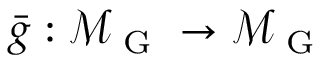
\bar { g } : \mathcal { M } _ { \mathrm { ~ G ~ } } \to \mathcal { M } _ { \mathrm { ~ G ~ } }